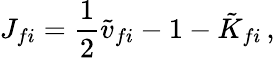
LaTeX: J_{fi}={\frac{1}{2}}{\tilde{v}}_{fi}-1-{\tilde{K}}_{fi}\, ,